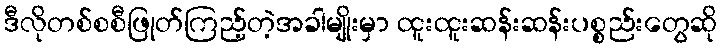
ဒီလိုတစ်စစီဖြုတ်ကြည့်တဲ့အခါမျိုးမှာ ထူးထူးဆန်းဆန်းပစ္စည်းတွေဆို